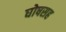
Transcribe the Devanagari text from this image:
घोषसह